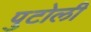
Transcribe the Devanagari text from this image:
पुटोली